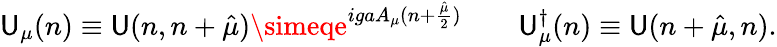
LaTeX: \mathsf{U}_{\mu}(n)\equiv\mathsf{U}(n,n+\hat{{\mu}})\simeqe^{igaA_{\mu}(n+{\frac{{\hat{{\mu}}}}{{2}}})}\quad\quad\mathsf{U}_{\mu}^{\dagger}(n)\equiv\mathsf{U}(n+\hat{{\mu}},n).